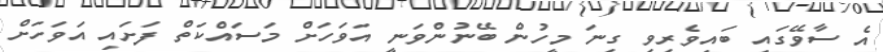
އެ ސާވޭގައި ބައިވެރިވި ގިނަ މީހުން ބޭނުންވަނީ އަވަހަށް މަސައްކަތް ފަށައި އަވަހަށް